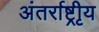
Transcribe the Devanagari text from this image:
अंतर्राष्ट्रीृय